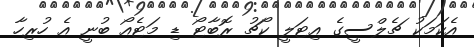
އެކަމަކު ޗެލްސީގެ އިޓަލީ ކޯޗު ރޮބާޓޯ ޑި މަޓެއޯ ބުނީ އެ ހުރިހާ